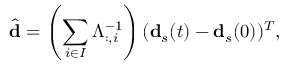
\hat { \mathbf { d } } = \left( \sum _ { i \in I } { \Lambda _ { : , i } ^ { - 1 } } \right) ( \mathbf { d } _ { s } ( t ) - \mathbf { d } _ { s } ( 0 ) ) ^ { T } ,